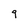
Character: 9